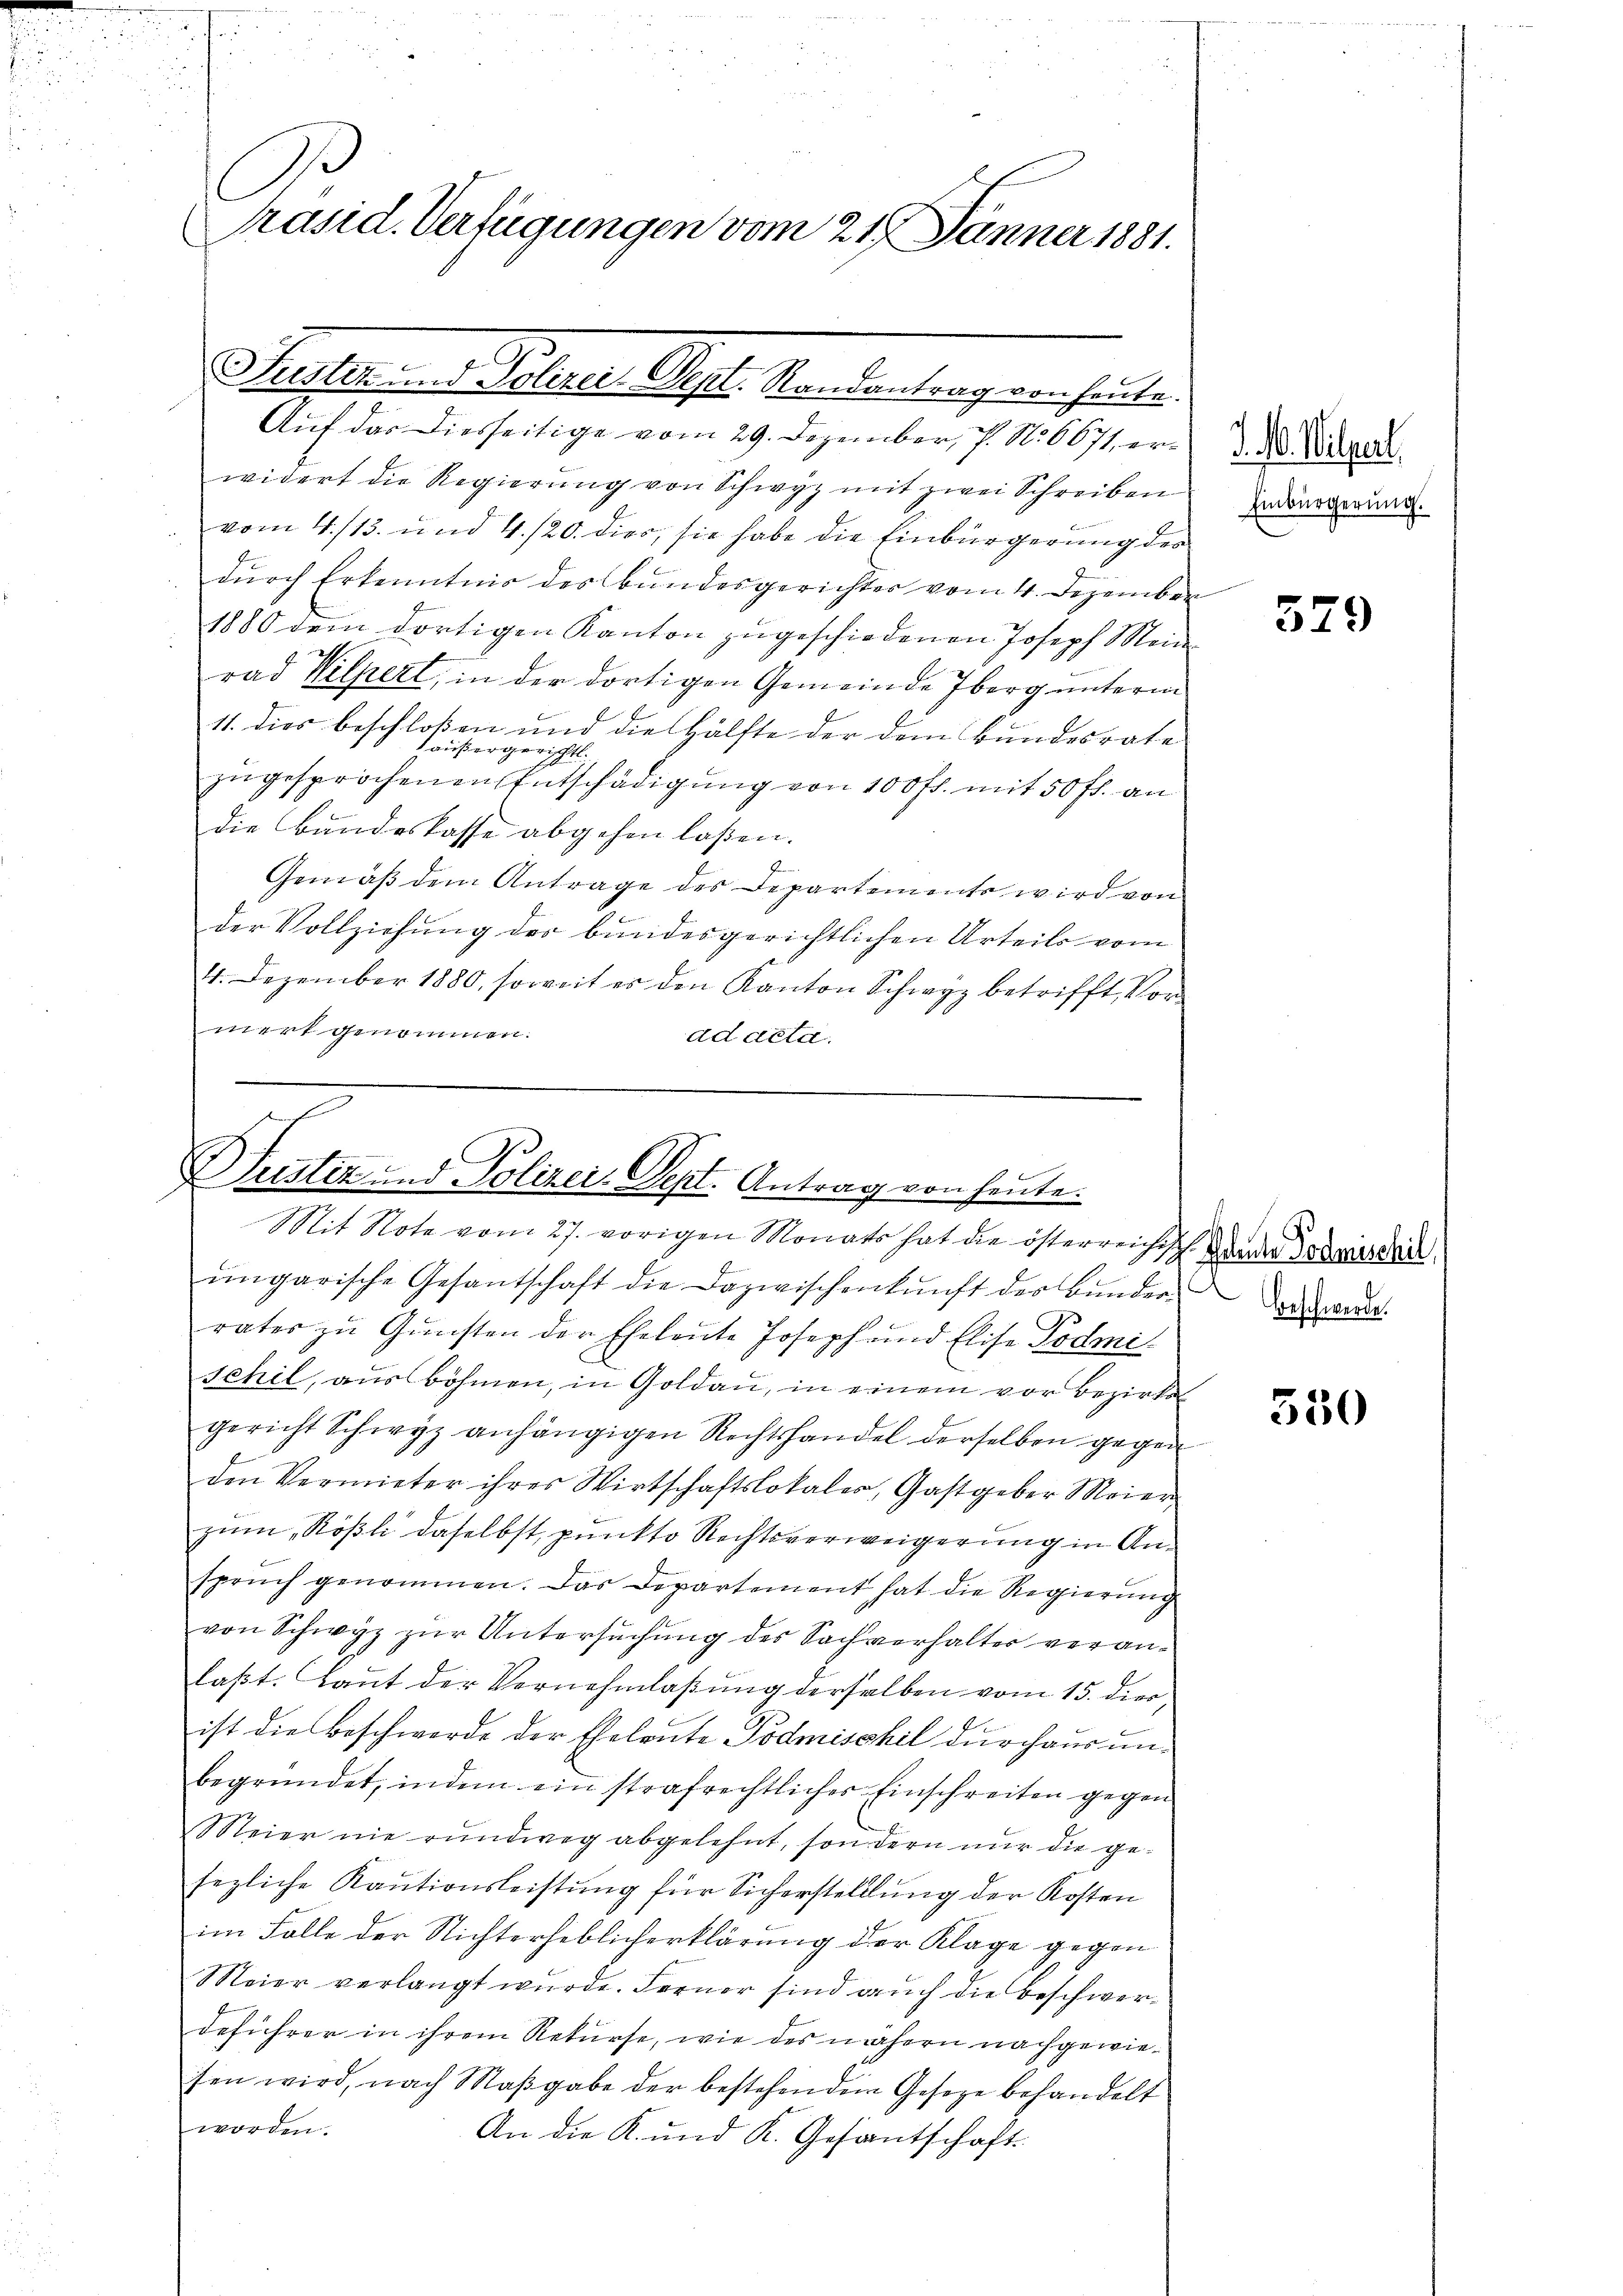
Präsid. Verfügungen vom 21. Jänner 1881.

Justiz und Polizei-Dept. Randantrag von heute.

Auf das diesseitige vom 29. Dezember, 7. No. 6671, erwidert die Regierung von Schwyz mit zwei Schreiben
vom 4./13. und 4./20. dies, sie habe die Einbürgerung der
durch Erkenntnis des Bundesgerichter vom 4. Dezember
1880 dem dortigen Kanton zugeschiedenen Joseph Mein
rad Hilpert, in der dortigen Gemeinde Iberg unterm
11. dies beschloßen und die Hälfte der dem Bundesrate
haußergericht.
zugesprochenen Entschädigung von 100 fl. mit 50 fl. an
die Bundeskasse abgehen laßen.
Gemäß dem Antrage des Departements wird von
der Vollziehung des bundesgerichtlichen Urteils vom
4. Dezember 1880, soweit es den Kanton Schwyz betrifft, Vormerk genommen.
ad acta.

Justiz und Polizei. Sept. Antrag von heute.
Mit Note vom 27. vorigen Monats hat die österreichis

.
ungarische Gesantschaft die Dazwischenkunft des Bundern
rater zu Gunsten der Eheleute Joseph und Elise Todmischil, aus Böhmen, in Goldau, in einem vor Bezirks
gericht Schwyz anhängigen Rechtshandel derselben gegen
den Vermieter ihres Wirtschaftslokales, Gastgeber Meier
zum Rößli daselbst, punkto Rechtsverweigerung in Anspruch genommen. Das Departement hat die Regierung
von Schwyz zur Untersuchung des Sachverhalter veranlaßt. Laut der Vernehmlassung derselben vom 15. dies
ist die Beschwerde der Eheleute Podmischil durchaus unbegründet, indem ein strafrechtlicher Einschreiten gegen
Meier nie rundweg abgelehnt, sondern nur die gesezliche Kautionsleistung für Sicherstelllung der Kosten
im Falle der Nichterheblicherklärung der Klage gegen
Meier verlangt wurde. Ferner sind auch die Beschwerdeführer in ihrem Rekurse, wie des nähern nachgewiesen wird, nach Maβgabe der bestehendem Gesetze behandelt
worden.
An die K. und K. Gesantschaft

J. 16. Wilpert.
Einbürgerung.

579

Valente Todesschil
Beschwerde.

530